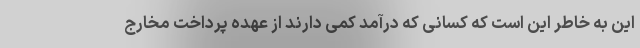
این به خاطر این است که کسانی که درآمد کمی دارند از عهده پرداخت مخارج